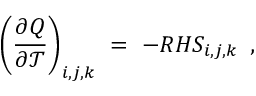
\left( \frac { \partial Q } { \partial \mathcal { T } } \right) _ { i , j , k } \ = \ - R H S _ { i , j , k } \, \mathrm { ~ , ~ }